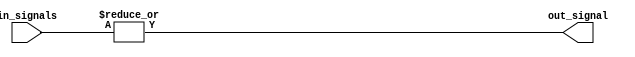
module or_gate (
  input [31:0] in_signals,  // 32 input signals
  output reg out_signal      // Output signal
);

always @* begin
  out_signal = |in_signals;  // Perform OR operation on all input signals
end

endmodule